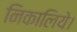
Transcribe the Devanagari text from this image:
निकालिये।